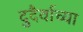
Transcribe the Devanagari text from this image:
दुदैर्वाच्या